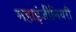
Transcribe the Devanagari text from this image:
महाइंजीनियरी